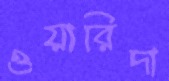
ওয়ারিদা